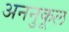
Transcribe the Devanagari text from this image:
अननुकूल